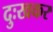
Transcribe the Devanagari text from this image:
दुःखकर